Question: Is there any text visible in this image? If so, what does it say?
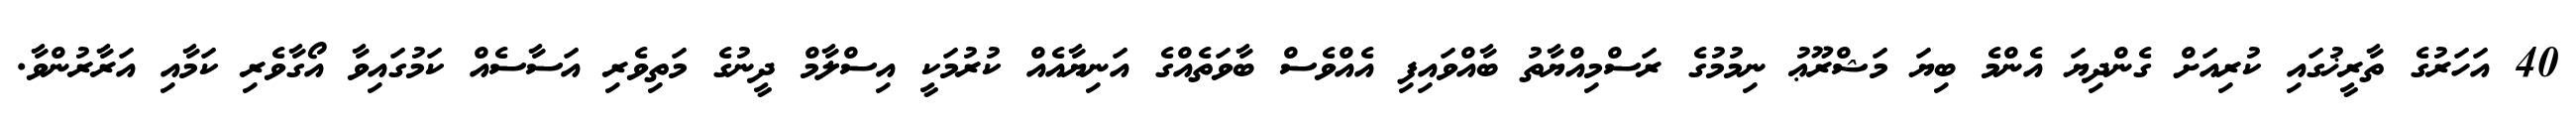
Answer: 40 އަހަރުގެ ތާރީޚުގައި ކުރިއަށް ގެންދިޔަ އެންމެ ބިޔަ މަޝްރޫޢު ނިމުމުގެ ރަސްމިއްޔާތު ބާއްވައިފި އެއްވެސް ބާވަތެއްގެ އަނިޔާއެއް ކުރުމަކީ އިސްލާމް ދީނުގެ މަތިވެރި އަސާސެއް ކަމުގައިވާ އޯގާވެރި ކަމާއި އަރާރުންވާ.